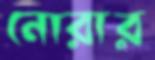
নোরার